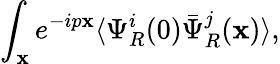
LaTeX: \int_{\mathbf{x}}e^{-ip\mathbf{x}}\langle\Psi_{R}^{i}(0)\bar{{\Psi}}_{R}^{j}(\mathbf{x})\rangle,